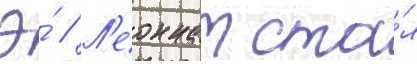
Э́ // Л'еоннат ста́л